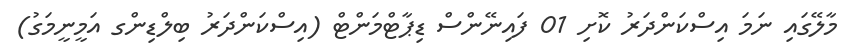
މާލޭގައި ނަމަ އިސްކަންދަރު ކޮށި 01 ފައިނޭންސް ޑިޕާޓްމަންޓް (އިސްކަންދަރު ބިލްޑިންގ އަމީނީމަގު)